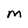
Character: M